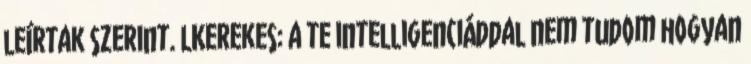
leírtak szerint. LKerekes: a te intelligenciáddal nem tudom hogyan